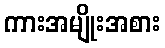
ကားအမျိုးအစား